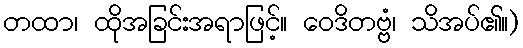
တထာ၊ ထိုအခြင်းအရာဖြင့်။ ဝေဒိတဗ္ဗံ၊ သိအပ်၏။)